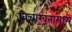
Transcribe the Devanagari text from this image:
विचारवंतामध्ये